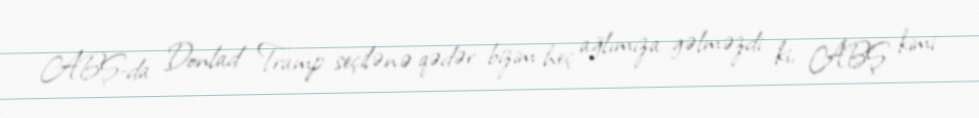
ABŞ-da Donlad Tramp seçilənə qədər bizim heç ağlımıza gəlməzdi ki, ABŞ kimi